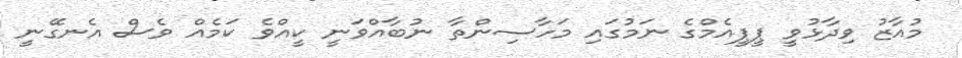
މުއާޒު ވިދާޅުވީ ޕީޕީއެމްގެ ނަމުގައި މަހާސިންތާ ނުބާއްވަނީ ކީއްވެ ކަމެއް ވެސް އެނގޭނީ